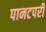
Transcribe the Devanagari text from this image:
पानटपरी